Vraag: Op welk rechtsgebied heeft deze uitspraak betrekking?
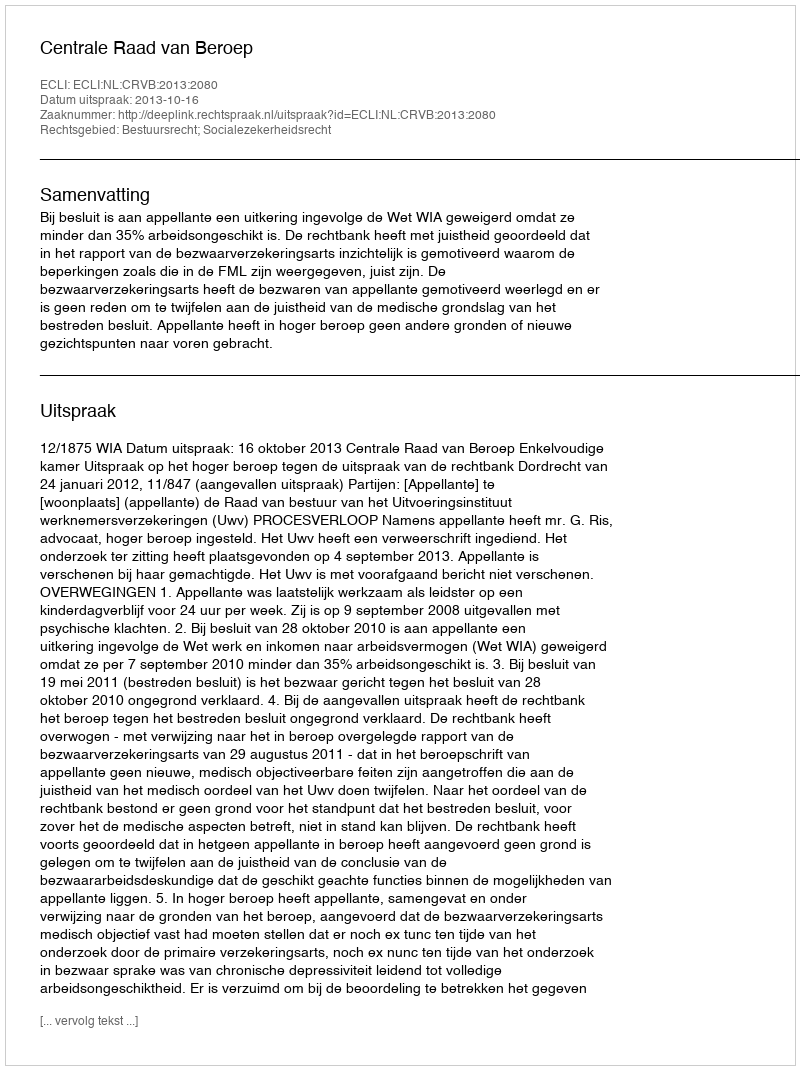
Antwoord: Bestuursrecht; Socialezekerheidsrecht